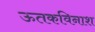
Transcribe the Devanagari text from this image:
ऊतकविनाश